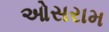
ઓસરામ